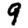
Digit: 9